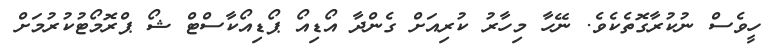
ހީވެސް ނުކުރާގޮތެކެވެ. ނޭހާ މިހާރު ކުރިއަށް ގެެންދާ އޯޑިއޯ ޕޯޑިއޯކާސްޓް ޝޯ ޕްރޮމޯޓުކުރުމަށް